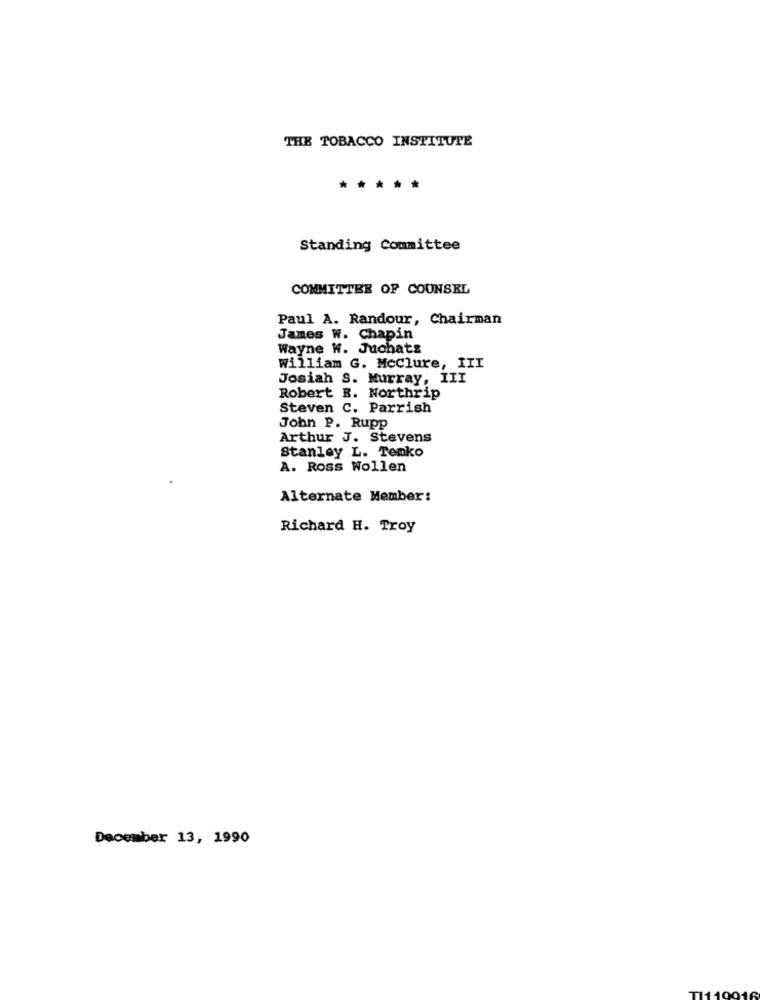
THE TOBACCO INSTITUTE
*****
Standing Committee
COMMITTEE OF COUNSEL
Paul A. Randour, Chairman
James W. Chapin
Wayne H. Juchats
william G. Mcclure, III
Josiah S. Murray, III
Robert B. Northrip
Steven C. Parrish
John P. Rupp
Arthur J. Stevens
Stanley L. Tenko
A. Ross Wollen
Alternate Member:
Richard H. Troy
December 13, 1990